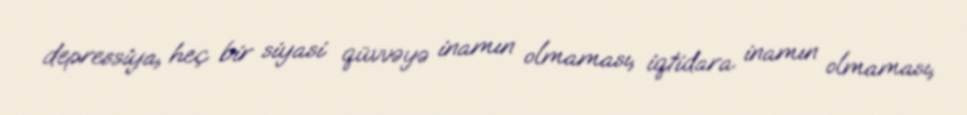
depressiya, heç bir siyasi qüvvəyə inamın olmaması, iqtidara inamın olmaması,